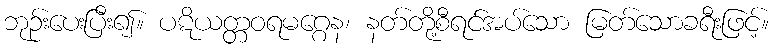
ဘုဉ်းပေးပြီး၍။ ပဋိယတ္တဝရမဂ္ဂေန၊ နတ်တို့စီရင်အပ်သော မြတ်သောခရီးဖြင့်။